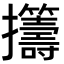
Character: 𫾡